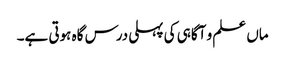
ماں علم و آگاہی کی پہلی درس گاہ ہوتی ہے۔